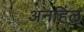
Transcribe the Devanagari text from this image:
अनहिल